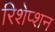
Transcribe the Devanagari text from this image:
रिशेप्शन